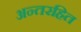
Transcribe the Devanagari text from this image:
अन्तरहित